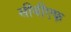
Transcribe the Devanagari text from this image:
सीबीएफ